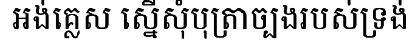
អង់គ្លេស ស្នើសុំបុត្រាច្បងរបស់ទ្រង់